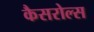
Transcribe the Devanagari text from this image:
कैसरोल्स